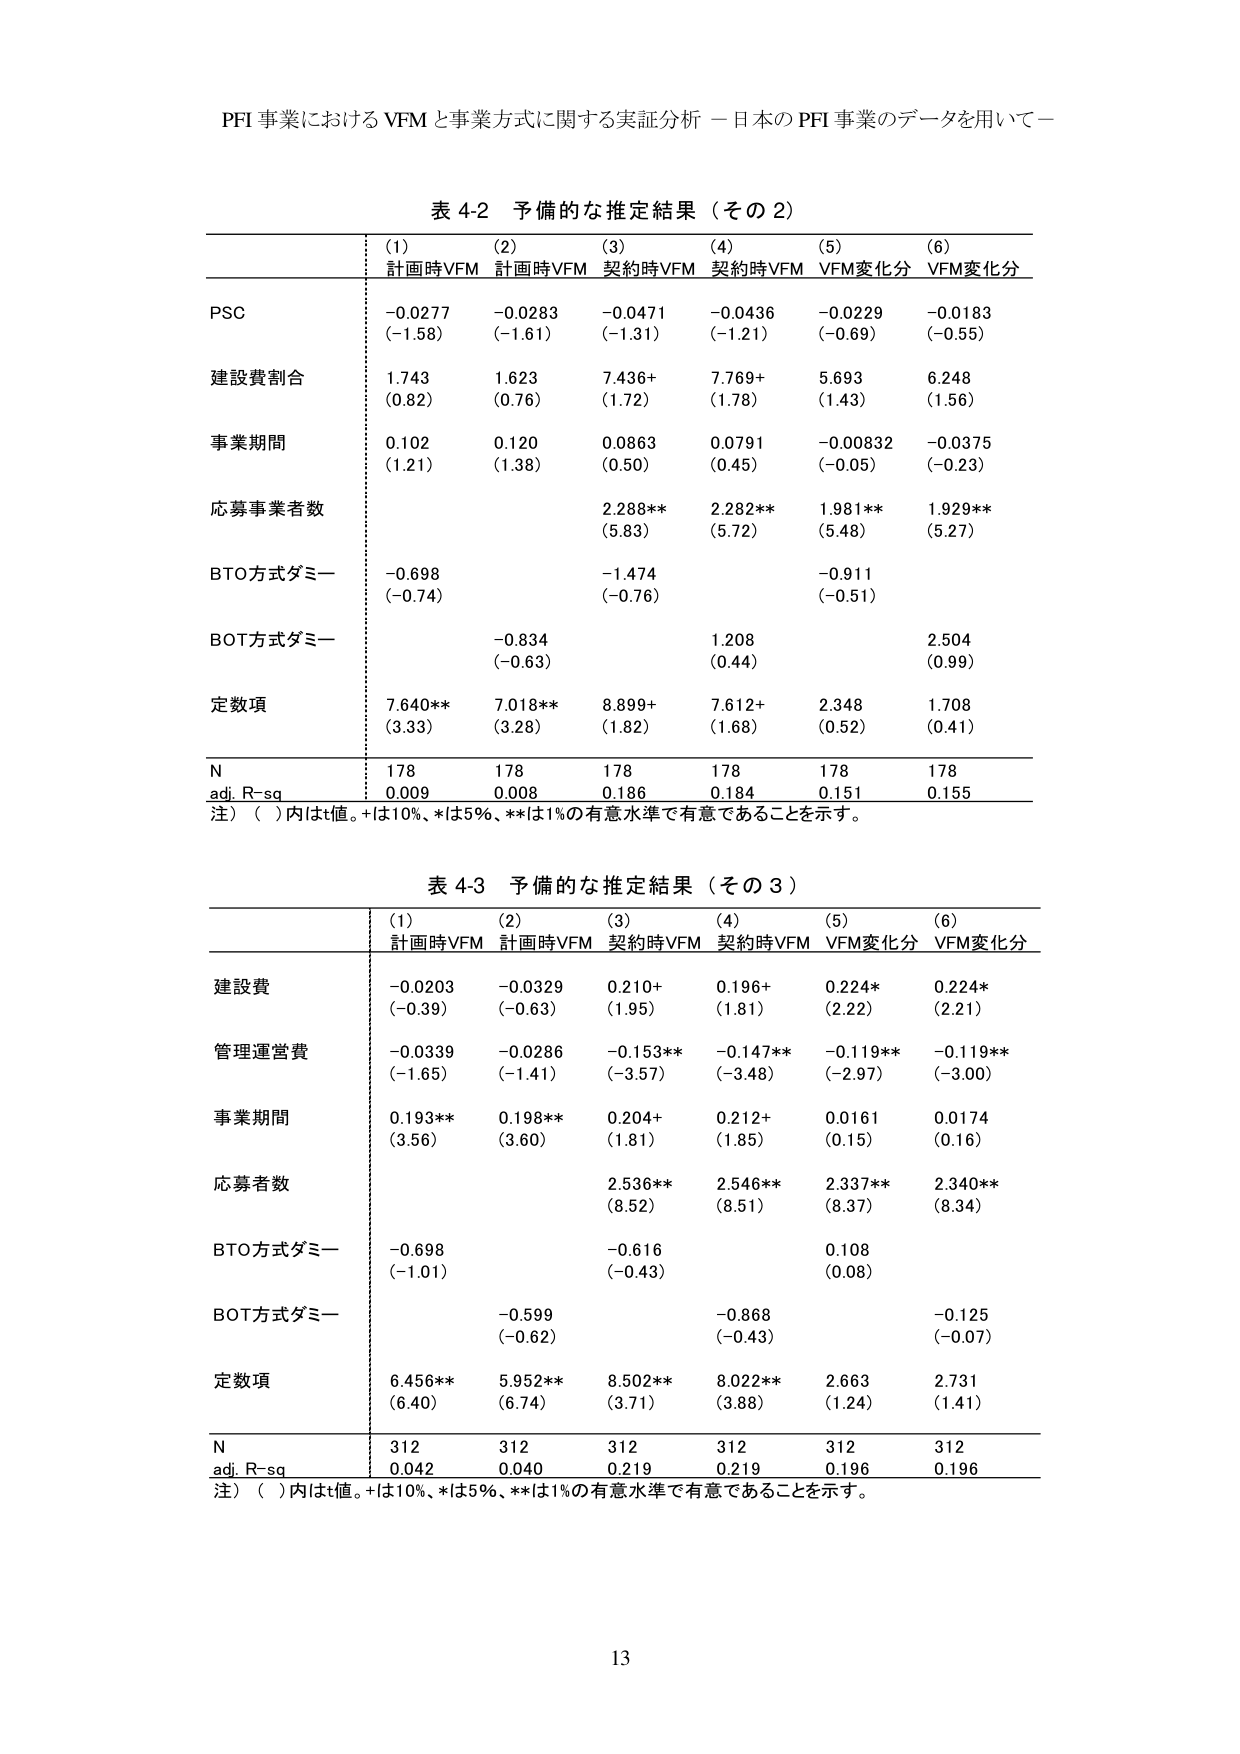
PFI 事業における VFM と事業方式に関する実証分析 －日本の PFI 事業のデータを用いて－

表 4-2 予備的な推定結果（その 2）

(1) (2) (3) (4) (5) (6)
計画時VFM 計画時VFM 契約時VFM 契約時VFM VFM変化分 VFM変化分

PSC
-0.0277 (-1.58)
-0.0283 (-1.61)
-0.0471 (-1.31)
-0.0436 (-1.21)
-0.0229 (-0.69)
-0.0183 (-0.55)

建設費割合
1.743 (0.82)
1.623 (0.76)
7.436+ (1.72)
7.769+ (1.78)
5.693 (1.43)
6.248 (1.56)

事業期間
0.102 (1.21)
0.120 (1.38)
0.0863 (0.50)
0.0791 (0.45)
-0.00832 (-0.05)
-0.0375 (-0.23)

応募事業者数
2.288** (5.83)
2.282** (5.72)
1.981** (5.48)
1.929** (5.27)

BTO方式ダミー
-0.698 (-0.74)
-1.474 (-0.76)
-0.911 (-0.51)

BOT方式ダミー
-0.834 (-0.63)
1.208 (0.44)
2.504 (0.99)

定数項
7.640** (3.33)
7.018** (3.28)
8.899+ (1.82)
7.612+ (1.68)
2.348 (0.52)
1.708 (0.41)

N
178
178
178
178
178
178

adj. R-sq
0.009
0.008
0.186
0.184
0.151
0.155

注）（ ）内はt値。+は10%、*は5%、**は1%の有意水準で有意であることを示す。

表 4-3 予備的な推定結果（その 3）

(1) (2) (3) (4) (5) (6)
計画時VFM 計画時VFM 契約時VFM 契約時VFM VFM変化分 VFM変化分

建設費
-0.0203 (-0.39)
-0.0329 (-0.63)
0.210+ (1.95)
0.196+ (1.81)
0.224* (2.22)
0.224* (2.21)

管理運営費
-0.0339 (-1.65)
-0.0286 (-1.41)
-0.153** (-3.57)
-0.147** (-3.48)
-0.119** (-2.97)
-0.119** (-3.00)

事業期間
0.193** (3.56)
0.198** (3.60)
0.204+ (1.81)
0.212+ (1.85)
0.0161 (0.15)
0.0174 (0.16)

応募者数
2.536** (8.52)
2.546** (8.51)
2.337** (8.37)
2.340** (8.34)

BTO方式ダミー
-0.698 (-1.01)
-0.616 (-0.43)
0.108 (0.08)

BOT方式ダミー
-0.599 (-0.62)
-0.868 (-0.43)
-0.125 (-0.07)

定数項
6.456** (6.40)
5.952** (6.74)
8.502** (3.71)
8.022** (3.88)
2.663 (1.24)
2.731 (1.41)

N
312
312
312
312
312
312

adj. R-sq
0.042
0.040
0.219
0.219
0.196
0.196

注）（ ）内はt値。+は10%、*は5%、**は1%の有意水準で有意であることを示す。

13